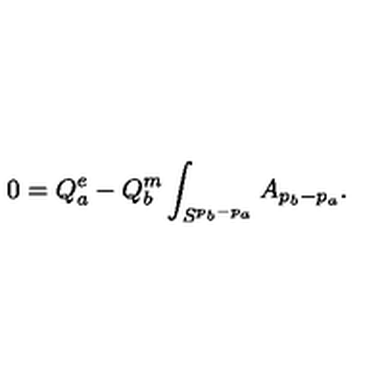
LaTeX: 0 = Q _ { a } ^ { e } - Q _ { b } ^ { m } \int _ { S ^ { p _ { b } - p _ { a } } } A _ { p _ { b } - p _ { a } } .